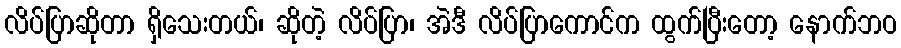
လိပ်ပြာဆိုတာ ရှိသေးတယ်၊ ဆိုတဲ့ လိပ်ပြာ၊ အဲဒီ လိပ်ပြာကောင်က ထွက်ပြီးတော့ နောက်ဘဝ